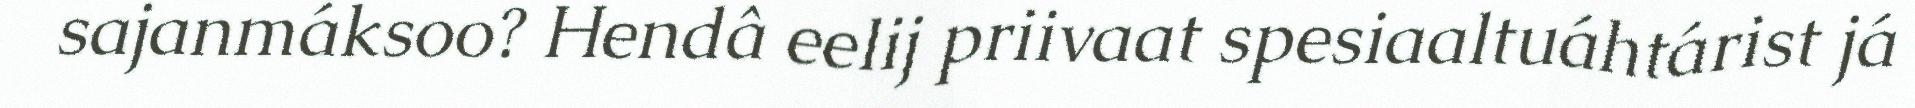
sajanmáksoo? Hendâ eelij priivaat spesiaaltuáhtárist já